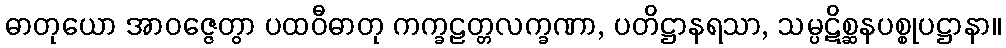
ဓာတုယော အာဝဇ္ဇေတွာ ပထဝီဓာတု ကက္ခဠတ္တလက္ခဏာ, ပတိဋ္ဌာနရသာ, သမ္ပဋိစ္ဆနပစ္စုပဋ္ဌာနာ။